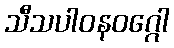
သီသပါဝနဝဂ္ဂေါ